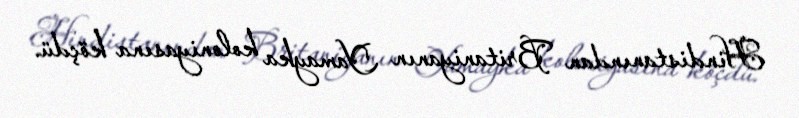
Hindistanından Britaniyanın Yamayka koloniyasına köçdü.